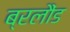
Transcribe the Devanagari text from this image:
ब्रलौंड